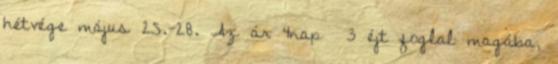
hétvége május 25.-28. Az ár 4nap 3 éjt foglal magába,